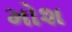
મોશ